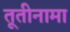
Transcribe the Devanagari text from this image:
तूतीनामा